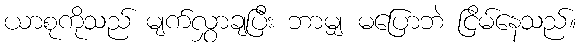
ယာစုကိုသည် မျက်လွှာချပြီး ဘာမျှ မပြောဘဲ ငြိမ်နေသည်။